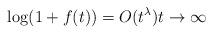
LaTeX: \begin{align*} \log(1+f(t)) = O(t^\lambda)t\to\infty\end{align*}